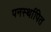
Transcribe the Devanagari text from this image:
पनर्स्थापित